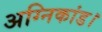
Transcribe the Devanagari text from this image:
अग्निकांड।